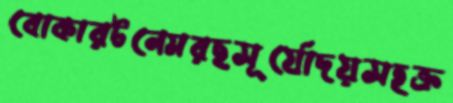
বোকারটনেমরছসূর্যোদয়সহক্র